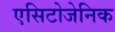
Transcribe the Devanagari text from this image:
एसिटोजेनिक